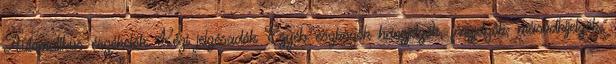
Automatikus érzékelõk Kézi jelzésadók Egyéb eszközök hangjelzõk, fényjelzõk, másodkijelzõk,